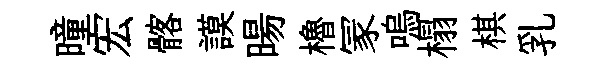
曈宏髂謨暘櫓冡嗚榻棋乳